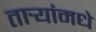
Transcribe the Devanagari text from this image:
तार्‍यांमधे